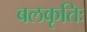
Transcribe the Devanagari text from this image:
बलकृतिः